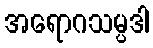
အရောဂသမ္ပဒါ